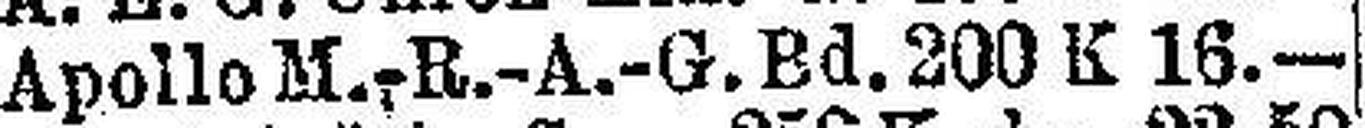
Apollo M.-R.-A-G. Bd. 200 K 16.—